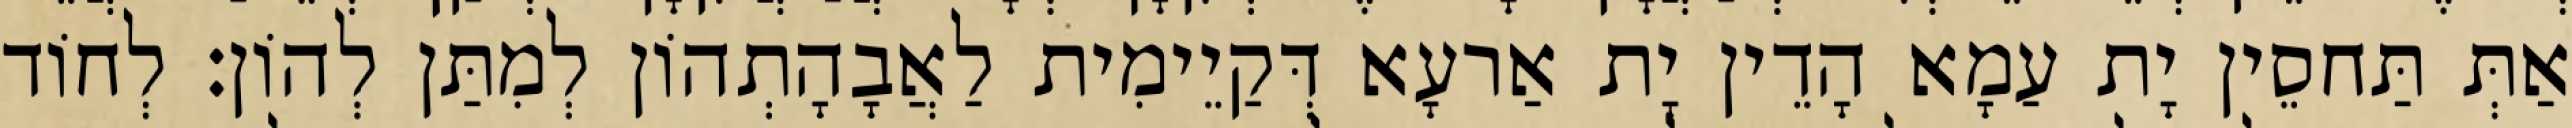
אַתְּ תַּחסֵין יָת עַמָא הָדֵין יָת אַרעָא דְּקַיֵימִית לַאֲבָהָתְהוֹן לְמִתַּן לְהוֹן׃ לְחוֹד